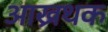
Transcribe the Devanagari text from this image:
आख्रथक